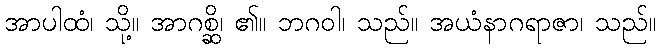
အာပါထံ၊ သို့။ အာဂစ္ဆိ၊ ၏။ ဘဂဝါ၊ သည်။ အယံနာဂရာဇာ၊ သည်။